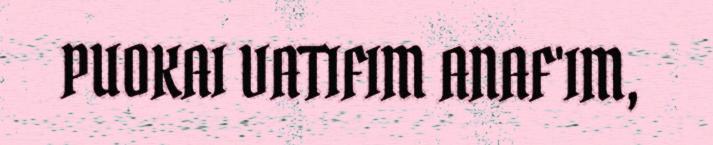
PUOKAI VATIFIM ANAF'IM,